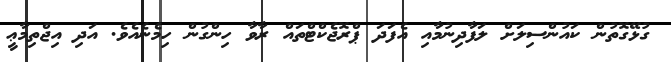
ގުޅޭގޮތުން ކައުންސިލަށް ލަފާދިނުމާއި އެފަދަ ޕްރޮޖެކްޓްތައް ރާވާ ހިންގުން ހިމެނެއެވެ. އަދި އިޖްތިމާޢީ